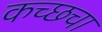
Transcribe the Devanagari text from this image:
कच्छचा